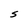
Character: S